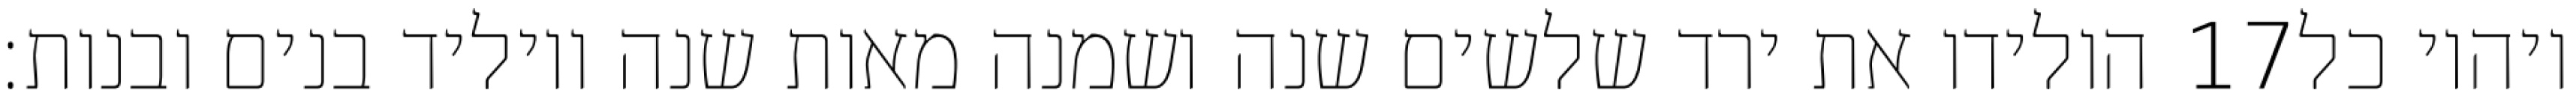
הולידו את ירד שלשים שנה ושמנה מאות שנה ויוליד בנים ובנות׃ ‎17‏ ויהיו כל